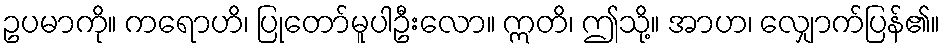
ဥပမာကို။ ကရောဟိ၊ ပြုတော်မူပါဦးလော။ ဣတိ၊ ဤသို့။ အာဟ၊ လျှောက်ပြန်၏။